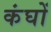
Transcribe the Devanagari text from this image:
कंघों